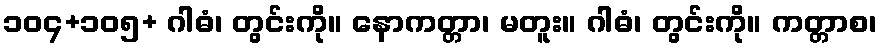
၁၀၄+၁၀၅+ ဂါဓံ၊ တွင်းကို။ နောကတ္တာ၊ မတူး။ ဂါဓံ၊ တွင်းကို။ ကတ္တာစ၊